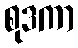
စုဒကာ